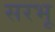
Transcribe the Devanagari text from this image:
सरभू